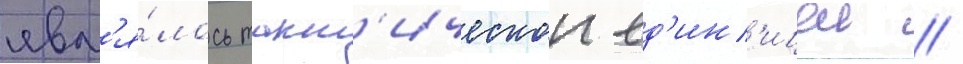
явл'я́лось такт'ическои ед'ин'ицеи /